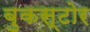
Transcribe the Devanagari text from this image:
बुकस्‍टोर